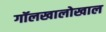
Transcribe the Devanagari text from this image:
गॉलखालोखाल